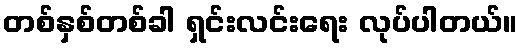
တစ်နှစ်တစ်ခါ ရှင်းလင်းရေး လုပ်ပါတယ်။